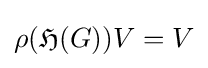
\rho ({\mathfrak {H}}(G))V=V